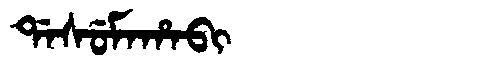
Manchu: ᡩᠠᠰᡠᠮᠠᡥᠠᠪᡳ
Romanization: DASUMAHABI